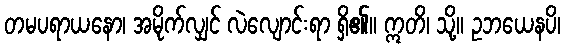
တမပရာယနော၊ အမိုက်လျှင် လဲလျောင်းရာ ရှိ၏။ ဣတိ၊ သို့။ ဥဘယေနပိ၊